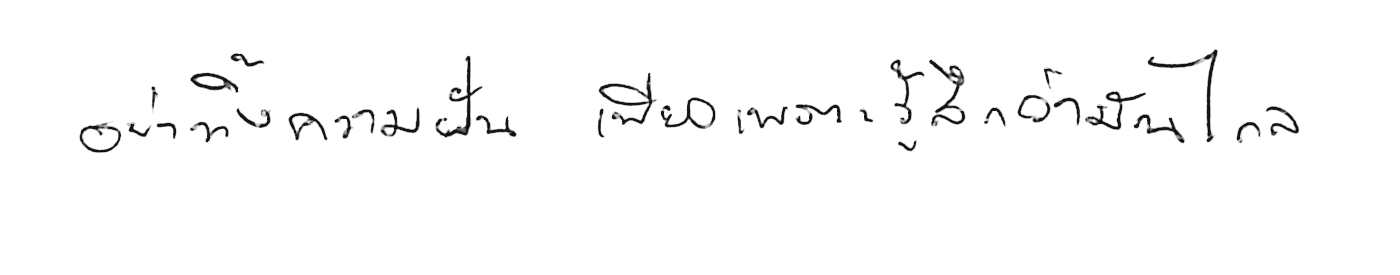
อย่าทิ้งความฝัน เพียงเพราะรู้สึกว่ามันไกล